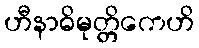
ဟီနာဓိမုတ္တိကေဟိ